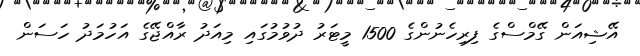
އޭޝިއަން ގޭމްސްގެ ފިރިހެނުންގެ 1500 މީޓަރު ދުވުމުގައި މިއަދު ރާއްޖޭގެ އަހުމަދު ހަސަން